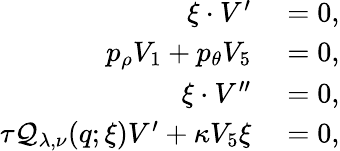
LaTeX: \begin{array}{rl}{\xi\cdot V^{\prime}}&{{}=0,}\\ {p_{\rho}V_{1}+p_{\theta}V_{5}}&{{}=0,}\\ {\xi\cdot V^{\prime\prime}}&{{}=0,}\\ {\tau\mathcal{Q}_{\lambda,\nu}(q;\xi)V^{\prime}+\kappa V_{5}\xi}&{{}=0,}\end{array}